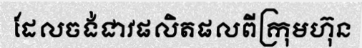
ដែលចង់ជាវផលិតផលពីក្រុមហ៊ុន